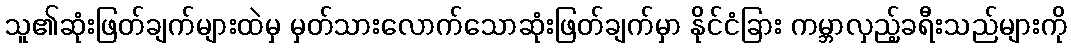
သူ၏ဆုံးဖြတ်ချက်များထဲမှ မှတ်သားလောက်သောဆုံးဖြတ်ချက်မှာ နိုင်ငံခြား ကမ္ဘာလှည့်ခရီးသည်များကို